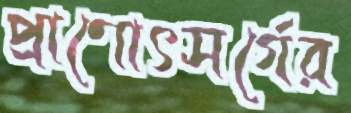
প্রাণোৎসর্গের